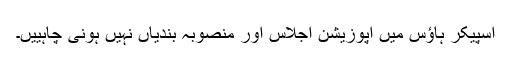
اسپیکر ہاؤس میں اپوزیشن اجلاس اور منصوبہ بندیاں نہیں ہونی چاہییں۔